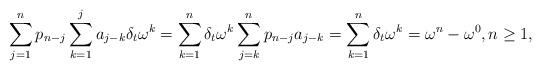
LaTeX: \begin{align*}\sum_{j=1}^np_{n-j}\sum_{k=1}^ja_{j-k}{\delta_t\omega^k}=\sum_{k=1}^n\delta_t\omega^k\sum_{j=k}^np_{n-j}a_{j-k}=\sum_{k=1}^n\delta_t\omega^k=\omega^n-\omega^0, n\geq1,\end{align*}